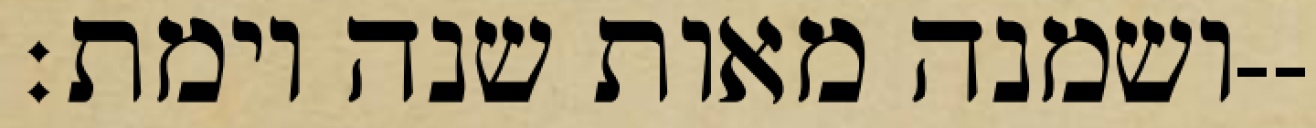
ושמנה מאות שנה וימת׃--